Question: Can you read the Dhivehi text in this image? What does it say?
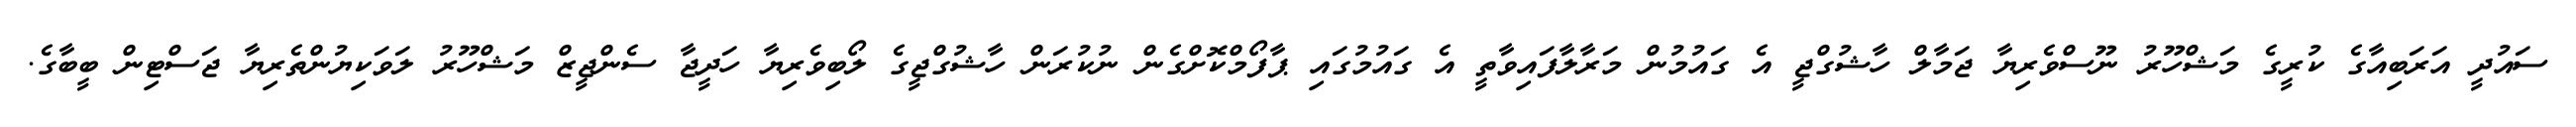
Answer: ސައުދީ އަރަބިއާގެ ކުރީގެ މަޝްހޫރު ނޫސްވެރިޔާ ޖަމާލް ހާޝުގްޖީ އެ ގައުމުން މަރާލާފައިވާތީ އެ ގައުމުގައި ޕާފޯމްކޮށްގެން ނުކުރަން ހާޝުގްޖީގެ ލޯބިވެރިޔާ ހަދީޖާ ސެންޖީޒް މަޝްހޫރު ލަވަކިޔުންތެރިޔާ ޖަސްޓިން ބީބާގެ.